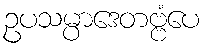
ဥပသမ္ပာဒေတဗ္ဗံပေ